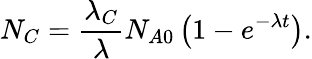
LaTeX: N_{C}={\frac{\lambda_{C}}{\lambda}}N_{A0}\left(1-e^{-\lambda t}\right).